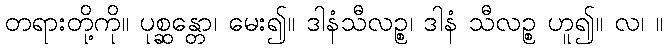
တရားတို့ကို။ ပုစ္ဆန္တော၊ မေး၍။ ဒါနံသီလဉ္စ၊ ဒါနံ သီလဉ္စ ဟူ၍။ လ၊ ။